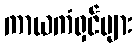
ကာယကံရှင်များ